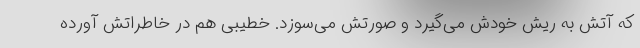
که آتش به ریش خودش می‌گیرد و صورتش می‌سوزد. خطیبی هم در خاطراتش آورده